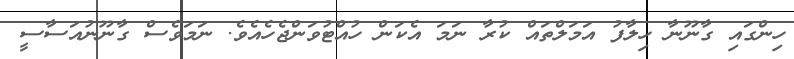
ހިންގައި ގާނޫނާ ހިލާފު އަމަލްތައް ކުރާ ނަމަ އެކަން ހުއްޓުވަންޖެހެއެވެ. ނަމަވެސް ގާނޫނުއަސާސީ